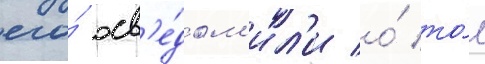
его́ осв'е́дом'ил'и о́ то́м